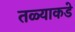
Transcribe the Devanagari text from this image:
तळ्याकडे